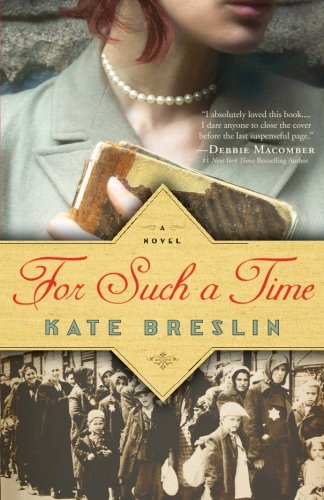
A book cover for For Such a Time; Kate Breslin; Romance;